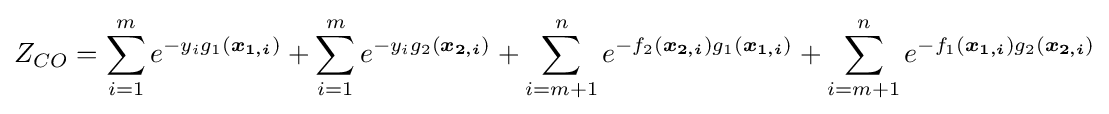
Z_{CO}=\sum _{i=1}^{m}e^{-y_{i}g_{1}({\boldsymbol {x_{1,i}}})}+\sum _{i=1}^{m}e^{-y_{i}g_{2}({\boldsymbol {x_{2,i}}})}+\sum _{i=m+1}^{n}e^{-f_{2}({\boldsymbol {x_{2,i}}})g_{1}({\boldsymbol {x_{1,i}}})}+\sum _{i=m+1}^{n}e^{-f_{1}({\boldsymbol {x_{1,i}}})g_{2}({\boldsymbol {x_{2,i}}})}